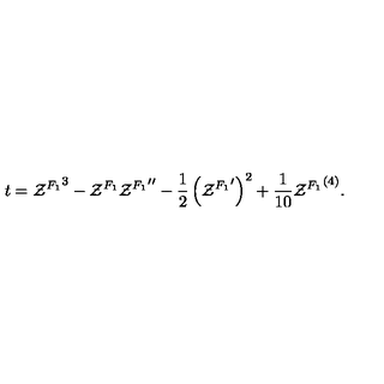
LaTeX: t = { { \cal Z } ^ { F _ { 1 } } } ^ { 3 } - { \cal Z } ^ { F _ { 1 } } { { \cal Z } ^ { F _ { 1 } } } ^ { \prime \prime } - { \frac { 1 } { 2 } } \left( { { \cal Z } ^ { F _ { 1 } } } ^ { \prime } \right) ^ { 2 } + { \frac { 1 } { 1 0 } } { { \cal Z } ^ { F _ { 1 } } } ^ { ( 4 ) } .